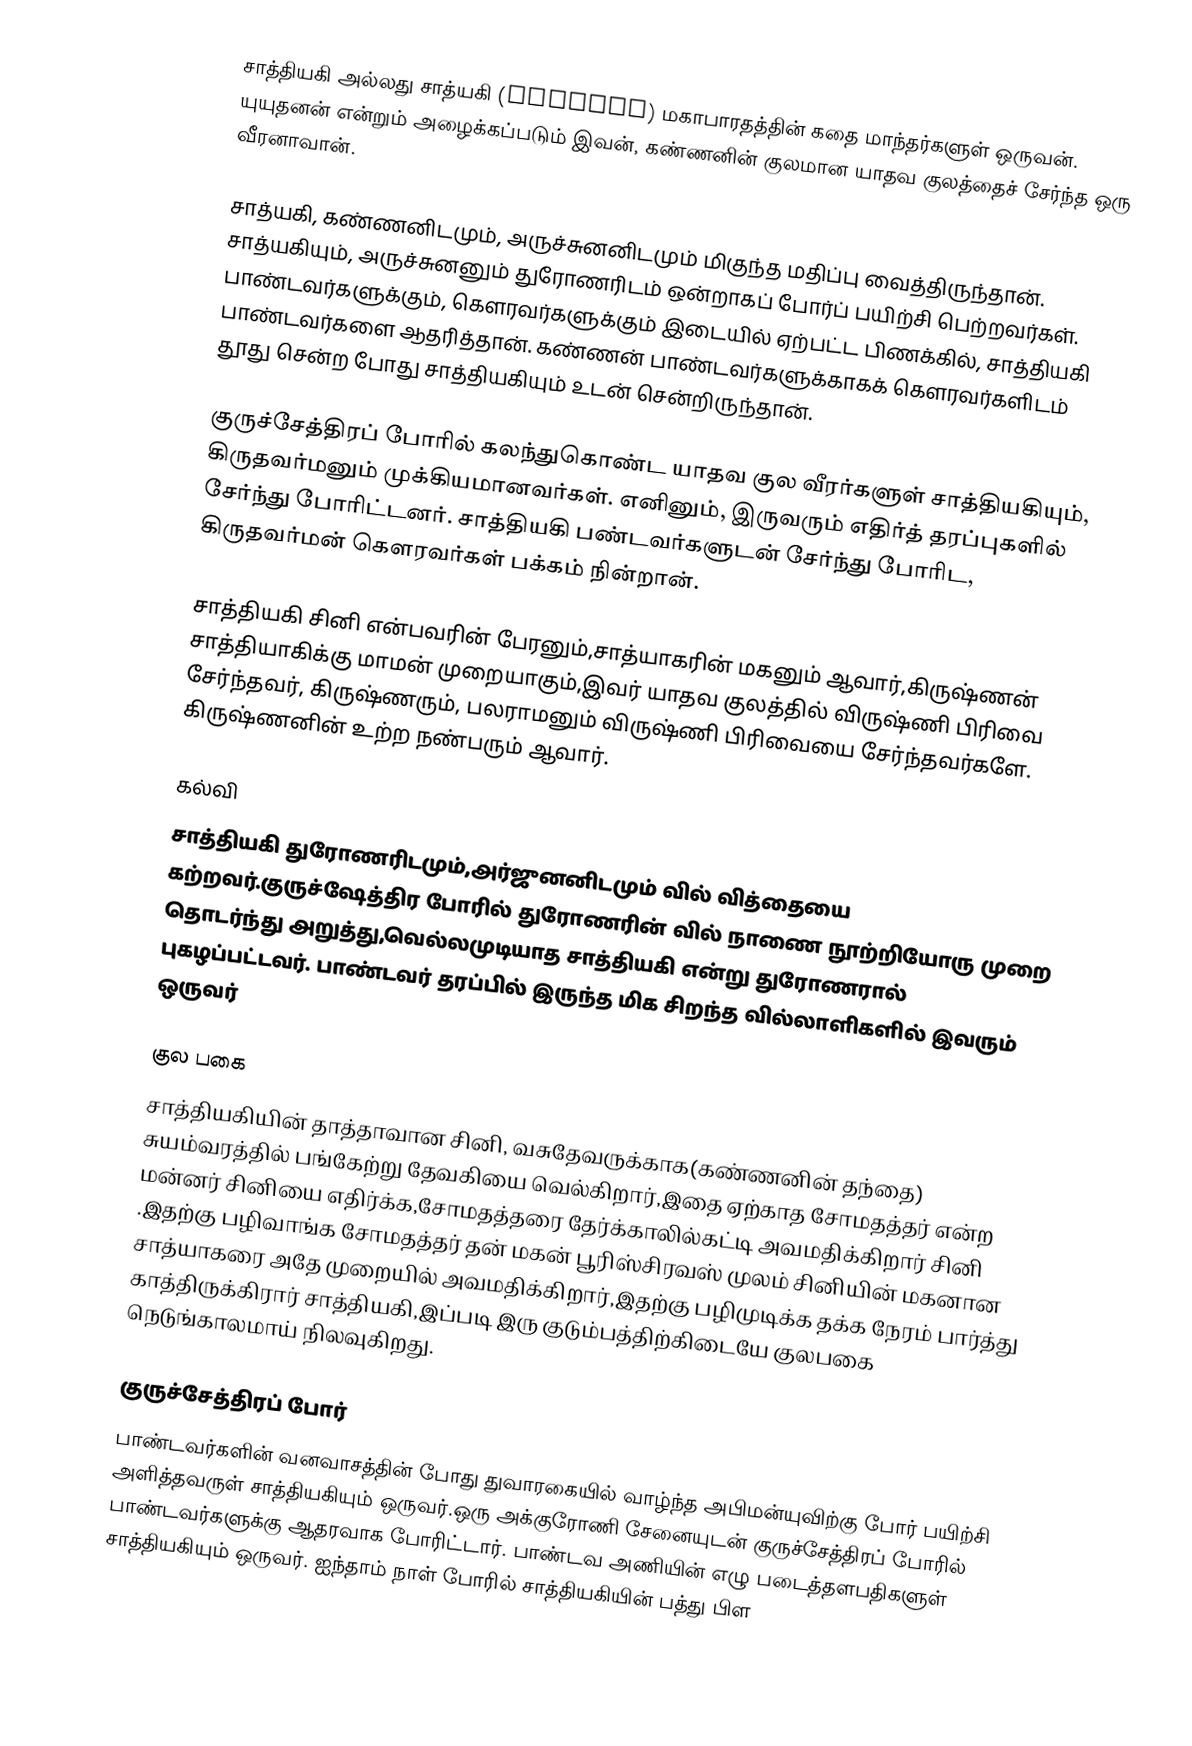
சாத்தியகி அல்லது சாத்யகி (Satyaki) மகாபாரதத்தின் கதை மாந்தர்களுள் ஒருவன். யுயுதனன் என்றும் அழைக்கப்படும் இவன், கண்ணனின் குலமான யாதவ குலத்தைச் சேர்ந்த ஒரு வீரனாவான்.

சாத்யகி, கண்ணனிடமும், அருச்சுனனிடமும் மிகுந்த மதிப்பு வைத்திருந்தான். சாத்யகியும், அருச்சுனனும் துரோணரிடம் ஒன்றாகப் போர்ப் பயிற்சி பெற்றவர்கள். பாண்டவர்களுக்கும்,  கௌரவர்களுக்கும் இடையில் ஏற்பட்ட பிணக்கில், சாத்தியகி பாண்டவர்களை ஆதரித்தான். கண்ணன் பாண்டவர்களுக்காகக் கௌரவர்களிடம் தூது சென்ற போது சாத்தியகியும் உடன் சென்றிருந்தான்.

குருச்சேத்திரப் போரில் கலந்துகொண்ட யாதவ குல வீரர்களுள் சாத்தியகியும், கிருதவர்மனும் முக்கியமானவர்கள். எனினும், இருவரும் எதிர்த் தரப்புகளில் சேர்ந்து போரிட்டனர். சாத்தியகி பண்டவர்களுடன் சேர்ந்து போரிட, கிருதவர்மன் கௌரவர்கள் பக்கம் நின்றான்.

சாத்தியகி சினி என்பவரின் பேரனும்,சாத்யாகரின் மகனும் ஆவார்,கிருஷ்ணன் சாத்தியாகிக்கு மாமன் முறையாகும்,இவர் யாதவ குலத்தில் விருஷ்ணி பிரிவை சேர்ந்தவர், கிருஷ்ணரும், பலராமனும் விருஷ்ணி பிரிவையை சேர்ந்தவர்களே. கிருஷ்ணனின் உற்ற நண்பரும் ஆவார்.

கல்வி
சாத்தியகி துரோணரிடமும்,அர்ஜுனனிடமும் வில் வித்தையை கற்றவர்.குருச்ஷேத்திர போரில் துரோணரின் வில் நாணை நூற்றியோரு முறை தொடர்ந்து அறுத்து,வெல்லமுடியாத சாத்தியகி என்று துரோணரால் புகழப்பட்டவர். பாண்டவர் தரப்பில் இருந்த மிக சிறந்த வில்லாளிகளில் இவரும் ஒருவர்

குல பகை
சாத்தியகியின் தாத்தாவான சினி, வசுதேவருக்காக(கண்ணனின் தந்தை) சுயம்வரத்தில் பங்கேற்று தேவகியை வெல்கிறார்,இதை ஏற்காத சோமதத்தர் என்ற மன்னர் சினியை எதிர்க்க,சோமதத்தரை தேர்க்காலில்கட்டி அவமதிக்கிறார் சினி .இதற்கு பழிவாங்க சோமதத்தர் தன் மகன் பூரிஸ்சிரவஸ் முலம் சினியின் மகனான சாத்யாகரை அதே முறையில் அவமதிக்கிறார்,இதற்கு பழிமுடிக்க தக்க நேரம் பார்த்து காத்திருக்கிரார் சாத்தியகி,இப்படி  இரு குடும்பத்திற்கிடையே  குலபகை நெடுங்காலமாய் நிலவுகிறது.

குருச்சேத்திரப் போர்
பாண்டவர்களின் வனவாசத்தின் போது துவாரகையில் வாழ்ந்த அபிமன்யுவிற்கு போர் பயிற்சி அளித்தவருள் சாத்தியகியும் ஒருவர்.ஒரு அக்குரோணி சேனையுடன் குருச்சேத்திரப் போரில் பாண்டவர்களுக்கு ஆதரவாக போரிட்டார். பாண்டவ அணியின் எழு படைத்தளபதிகளுள் சாத்தியகியும் ஒருவர். ஐந்தாம் நாள் போரில் சாத்தியகியின் பத்து பிள